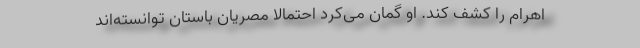
اهرام را کشف کند. او گمان می‌کرد احتمالا مصریان باستان توانسته‌اند